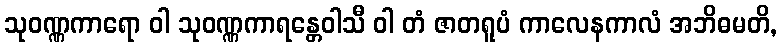
သုဝဏ္ဏကာရော ဝါ သုဝဏ္ဏကာရန္တေဝါသီ ဝါ တံ ဇာတရူပံ ကာလေနကာလံ အဘိဓမတိ,